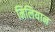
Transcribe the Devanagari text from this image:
मिलियान